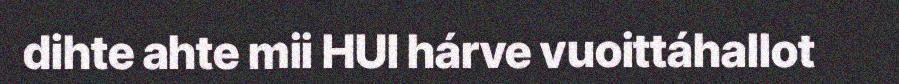
dihte ahte mii HUI hárve vuoittáhallot